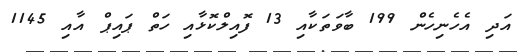
އަދި އެހެނިހެން 199 ބާވަތަކާއި 13 ފޮއިލްކޮޅާއި ހަތް ޕައިޕް އާއި 1145